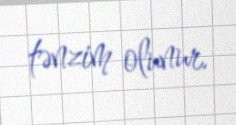
tənzim olunur.